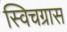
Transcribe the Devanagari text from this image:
स्विचग्रास